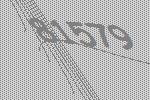
81579